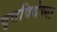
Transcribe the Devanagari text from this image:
वृत्तविद्येच्या